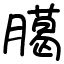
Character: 臈